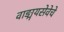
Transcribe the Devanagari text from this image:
वाङ्मयसेवेचे